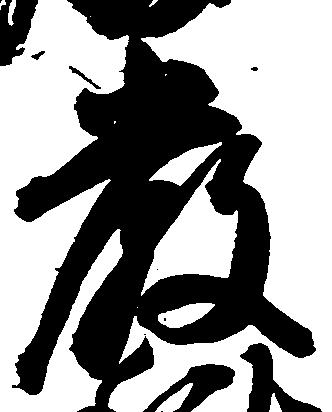
厳